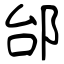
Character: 邰